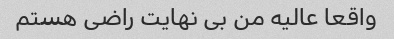
واقعا عالیه من بی نهایت راضی هستم